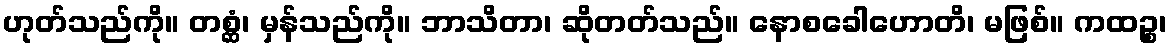
ဟုတ်သည်ကို။ တစ္ဆံ၊ မှန်သည်ကို။ ဘာသိတာ၊ ဆိုတတ်သည်။ နောစခေါဟောတိ၊ မဖြစ်။ ကထဉ္စ၊